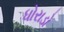
ધોરાડો